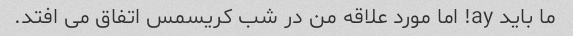
ما باید ay! اما مورد علاقه من در شب کریسمس اتفاق می افتد.